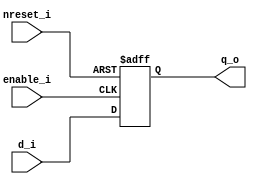
module FFD( // negedge triggered
    input d_i,
    input enable_i,
    input nreset_i, // asynchronous low level reset
    output reg q_o
    );

    always @(negedge enable_i or negedge nreset_i) begin
        if (nreset_i == 1'b0)
            q_o <= 1'b0;
    
        else 
            q_o <= d_i;
    end
endmodule